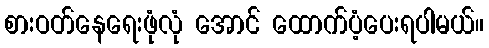
စားဝတ်နေရေးဖုံလုံ အောင် ထောက်ပံ့ပေးရပါမယ်။